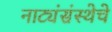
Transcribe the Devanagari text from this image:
नाट्यंसंस्थेचे